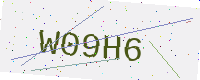
Text: W09H6